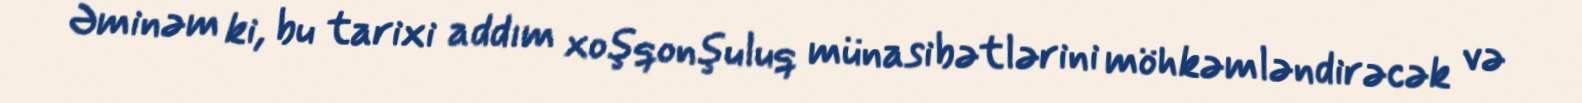
Əminəm ki, bu tarixi addım xoşqonşuluq münasibətlərini möhkəmləndirəcək və